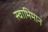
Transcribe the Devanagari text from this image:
स्‍वाभिमान